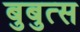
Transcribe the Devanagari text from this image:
बुबुत्स